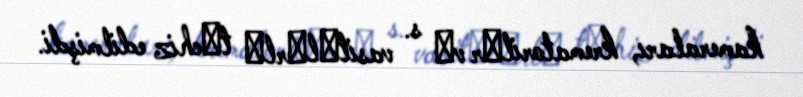
kameraları, krematorilәr vә s. vasitәlәrlә tәchiz edilmişdi.